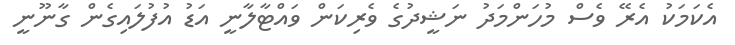
އެކަމަކު އެރޭ ވެސް މުހަންމަދު ނަޝީދުގެ ވެރިކަން ވައްޓާލާނީ އަޑު އުފުލައިގެން ގާނޫނީ